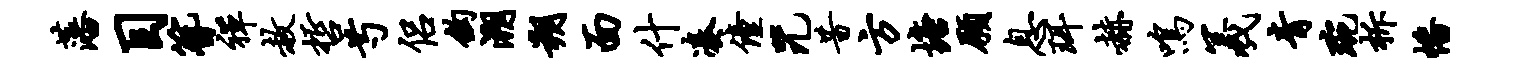
藩目簪禅赦哲芍侣钩溯朔面什凑僮咒昔方塘愿息珥赫鸣羲青琬柝幡